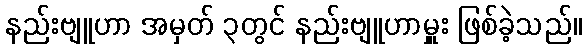
နည်းဗျူဟာ အမှတ် ၃တွင် နည်းဗျူဟာမှူး ဖြစ်ခဲ့သည်။